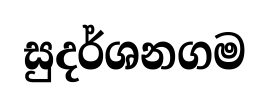
සුදර්ශනගම